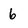
Character: 6